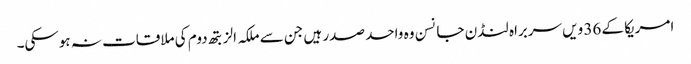
امریکا کے 36 ویں سربراہ لنڈن جانسن وہ واحد صدر ہیں جن سے ملکہ الزبتھ دوم کی ملاقات نہ ہوسکی۔